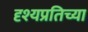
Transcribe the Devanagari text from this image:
दृश्यप्रतिच्या